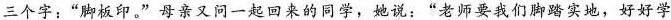
三个字：”脚板印。”母亲又问一起回来的同学，她说：”老师要我们脚踏实地，好好学